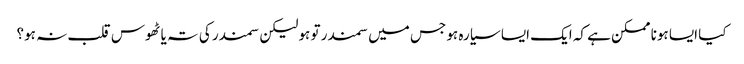
کیا ایسا ہونا ممکن ہے کہ ایک ایسا سیارہ ہو جس میں سمندر تو ہو لیکن سمندر کی تہ یا ٹھوس قلب نہ ہو؟